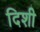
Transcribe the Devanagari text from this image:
दिशी